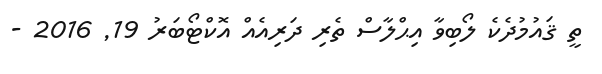
ތީ ޤައުމުދެކެ ލޯބިވާ އިޙްލާސް ތެރި ދަރިއެއް އޮކްޓޯބަރު 19